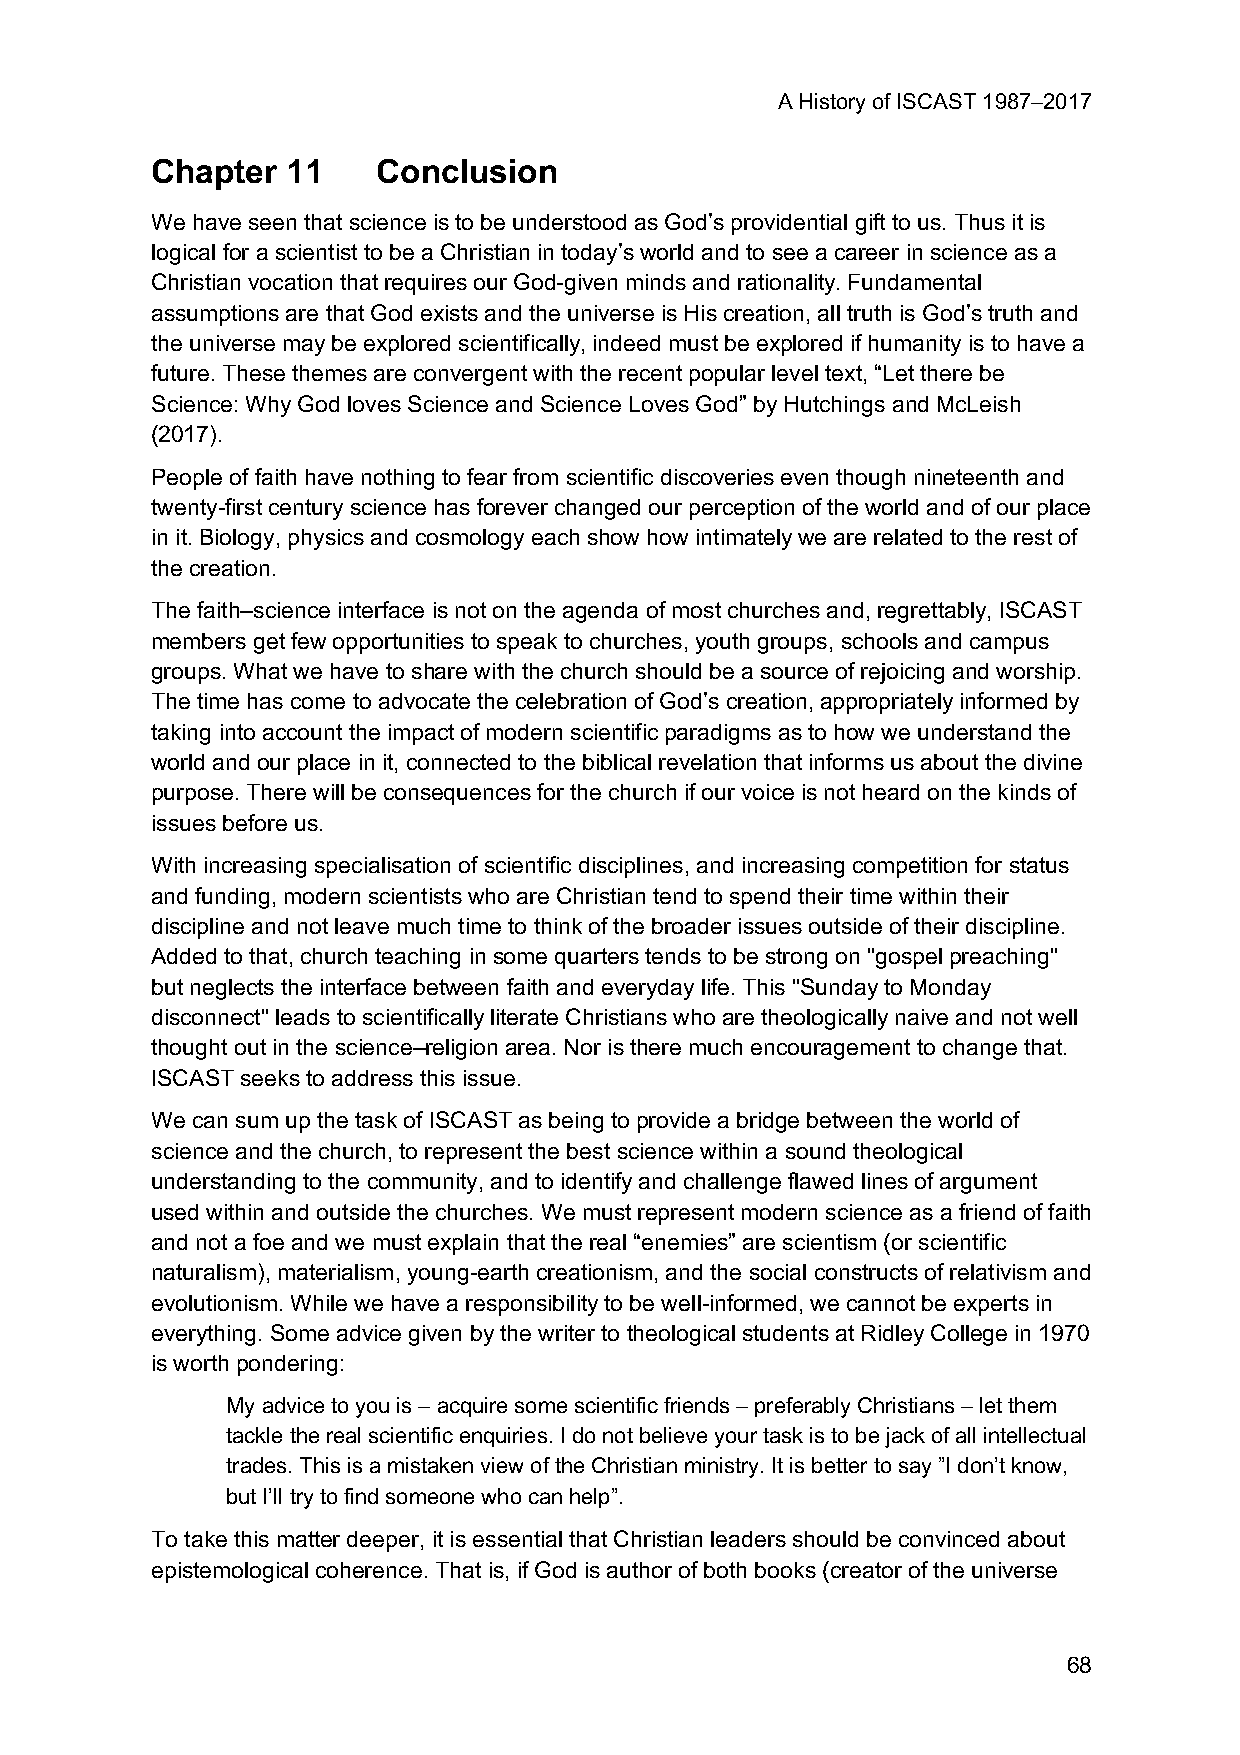
A History of ISCAST 1987–2017
 Chapter  11    Conclusion
 We have seen that science is to be understood as God’s providential gift to us. Thus it is
 logical for a scientist to be a Christian in today’s world and to see a career in science as a
 Christian vocation that requires our God-given minds and rationality. Fundamental
 assumptions are that God exists and the universe is His creation, all truth is God’s truth and
 the universe may be explored scientifically, indeed must be explored if humanity is to have a
 future. These themes are convergent with the recent popular level text, “Let there be
 Science: Why God loves Science and Science Loves God” by Hutchings and McLeish
 (2017).
 People of faith have nothing to fear from scientific discoveries even though nineteenth and
 twenty-first century science has forever changed our perception of the world and of our place
 in it. Biology, physics and cosmology each show how intimately we are related to the rest of
 the creation.
 The faith–science interface is not on the agenda of most churches and, regrettably, ISCAST
 members get few opportunities to speak to churches, youth groups, schools and campus
 groups. What we have to share with the church should be a source of rejoicing and worship.
 The time has come to advocate the celebration of God’s creation, appropriately informed by
 taking into account the impact of modern scientific paradigms as to how we understand the
 world and our place in it, connected to the biblical revelation that informs us about the divine
 purpose. There will be consequences for the church if our voice is not heard on the kinds of
 issues before us.
 With increasing specialisation of scientific disciplines, and increasing competition for status
 and funding, modern scientists who are Christian tend to spend their time within their
 discipline and not leave much time to think of the broader issues outside of their discipline.
 Added to that, church teaching in some quarters tends to be strong on "gospel preaching"
 but neglects the interface between faith and everyday life. This "Sunday to Monday
 disconnect" leads to scientifically literate Christians who are theologically naive and not well
 thought out in the science–religion area. Nor is there much encouragement to change that.
 ISCAST seeks to address this issue.
 We can sum up the task of ISCAST as being to provide a bridge between the world of
 science and the church, to represent the best science within a sound theological
 understanding to the community, and to identify and challenge flawed lines of argument
 used within and outside the churches. We must represent modern science as a friend of faith
 and not a foe and we must explain that the real “enemies” are scientism (or scientific
 naturalism), materialism, young-earth creationism, and the social constructs of relativism and
 evolutionism. While we have a responsibility to be well-informed, we cannot be experts in
 everything. Some advice given by the writer to theological students at Ridley College in 1970
 is worth pondering:
 My advice to you is – acquire some scientific friends – preferably Christians – let them
 tackle the real scientific enquiries. I do not believe your task is to be jack of all intellectual
 trades. This is a mistaken view of the Christian ministry. It is better to say ”I don’t know,
 but I’ll try to find someone who can help”.
 To take this matter deeper, it is essential that Christian leaders should be convinced about
 epistemological coherence. That is, if God is author of both books (creator of the universe
 68